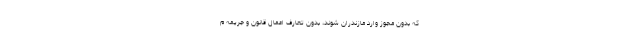
که بدون مجوز وارد مازندران شوند، بدون تعارف اعمال قانون و جریمه م